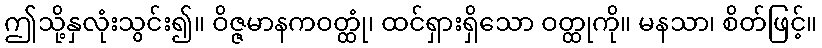
ဤသို့နှလုံးသွင်း၍။ ဝိဇ္ဇမာနကဝတ္ထုံ၊ ထင်ရှားရှိသော ဝတ္ထုကို။ မနသာ၊ စိတ်ဖြင့်။